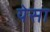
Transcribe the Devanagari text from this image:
येसा